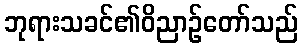
ဘုရားသခင်၏ဝိညာဉ်တော်သည်